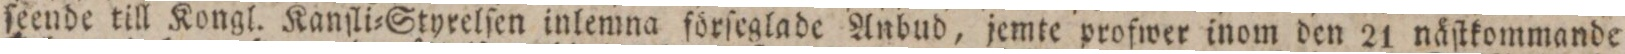
ſeende till Kongl. Kanſli=Styrelſen inlemna förſeglade Anbud, jemte profwer inom den 21 näſtkommande